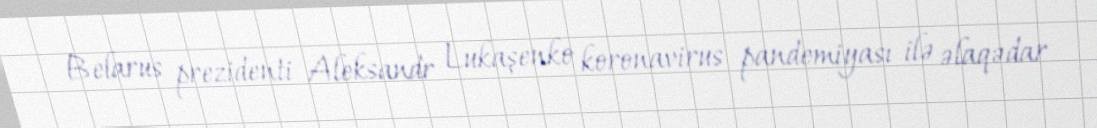
Belarus prezidenti Aleksandr Lukaşenko koronavirus pandemiyası ilə əlaqədar